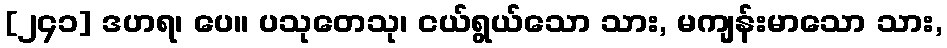
[၂၄၁] ဒဟရ၊ ပေ။ ပသုတေသု၊ ငယ်ရွယ်သော သား, မကျန်းမာသော သား,